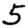
Digit: 5